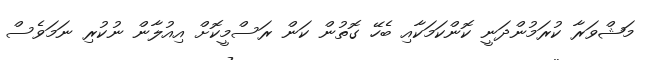
މަޝްވަރާ ކުރަމުންދަނީ ކޮންކަމަކާއި ބެހޭ ގޮތުން ކަން ރަސްމީކޮށް އިއުލާން ނުކުރި ނަމަވެސް